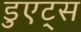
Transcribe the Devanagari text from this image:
डुएट्स